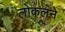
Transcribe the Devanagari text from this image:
लोकलने